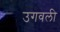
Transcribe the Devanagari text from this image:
उगवली